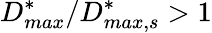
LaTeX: D_{max}^{*}/D_{max,s}^{*}>1